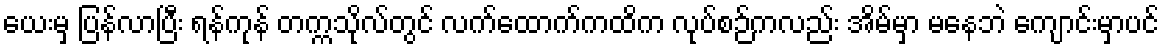
ယေးမှ ပြန်လာပြီး ရန်ကုန် တက္ကသိုလ်တွင် လက်ထောက်ကထိက လုပ်စဉ်ကလည်း အိမ်မှာ မနေဘဲ ကျောင်းမှာပင်